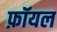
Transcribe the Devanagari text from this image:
फ़ॉयल